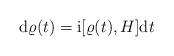
LaTeX: \begin{align*}\mathrm{d}\varrho(t)=\mathrm{i}[\varrho(t),H]\mathrm{d}t\end{align*}